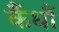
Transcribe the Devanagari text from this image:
कैंधौं